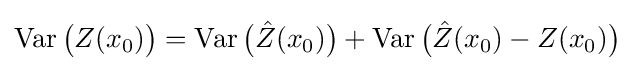
\operatorname {Var} {\big (}Z(x_{0}){\big )}=\operatorname {Var} {\big (}{\hat {Z}}(x_{0}){\big )}+\operatorname {Var} {\big (}{\hat {Z}}(x_{0})-Z(x_{0}){\big )}